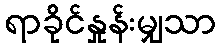
ရာခိုင်နှုန်းမျှသာ